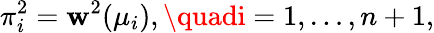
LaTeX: \pi_{i}^{2}=\mathbf{w}^{2}(\mu_{i}),\quadi=1,\ldots,n+1,